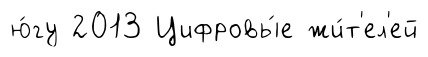
ю́гу 2013 Цифровы́е жи́т'ел'ей